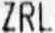
ZRL